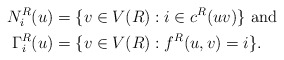
\begin{align*}N^R_i(u) &= \{v\in V(R): i\in c^R(uv)\} \textnormal{ and }\\\Gamma^R_i(u) &= \{v\in V(R): f^R(u,v) = i\}.\end{align*}